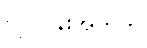
လုပ်ငန်းအတွက်